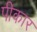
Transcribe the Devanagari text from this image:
पीकार